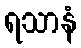
ရသာနံ